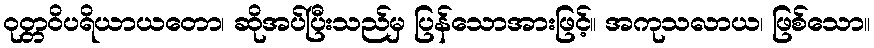
ဝုတ္တဝိပရိယာယတော၊ ဆိုအပ်ပြီးသည်မှ ပြန်သောအားဖြင့်။ အကုသလာယ၊ ဖြစ်သော။